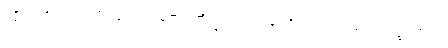
ပုဂ္ဂိုလ်ကို။ ပဿာမိ၊ မြင်တော်မူ၏။ ဘိက္ခဝေ၊ ရဟန်းတို့။ ဣဓ၊ ဤလောက၌။ အဟံ၊